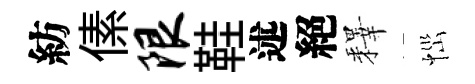
紡傃限鞋述絕釋𢙉